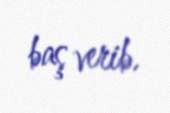
baş verib.